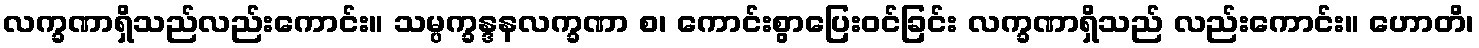
လက္ခဏာရှိသည်လည်းကောင်း။ သမ္ပက္ခန္ဒနလက္ခဏာ စ၊ ကောင်းစွာပြေးဝင်ခြင်း လက္ခဏာရှိသည် လည်းကောင်း။ ဟောတိ၊